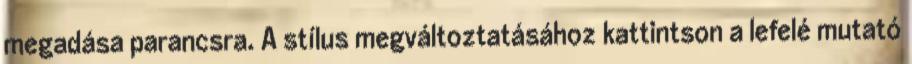
megadása parancsra. A stílus megváltoztatásához kattintson a lefelé mutató